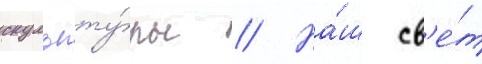
скульпту́ры // На́ш св'е́т